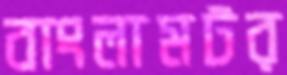
বাংলামটর